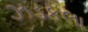
ઝડકલા